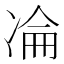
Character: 𠗣